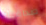
صداقتك